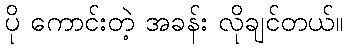
ပို ကောင်းတဲ့ အခန်း လိုချင်တယ်။